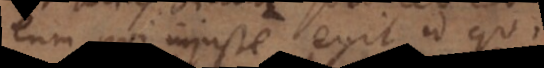
eum qui injuste egit, id quo